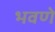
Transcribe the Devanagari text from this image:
भवणे